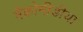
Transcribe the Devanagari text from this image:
मैक्रोमीडीया